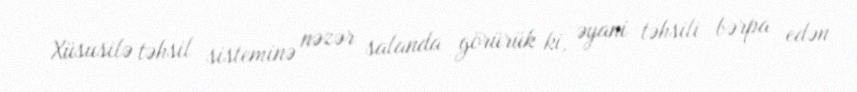
Xüsusilə təhsil sisteminə nəzər salanda görürük ki, əyani təhsili bərpa edən